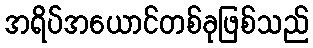
အရိပ်အယောင်တစ်ခုဖြစ်သည်